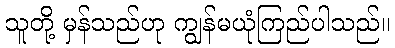
သူတို့ မှန်သည်ဟု ကျွန်မယုံကြည်ပါသည်။